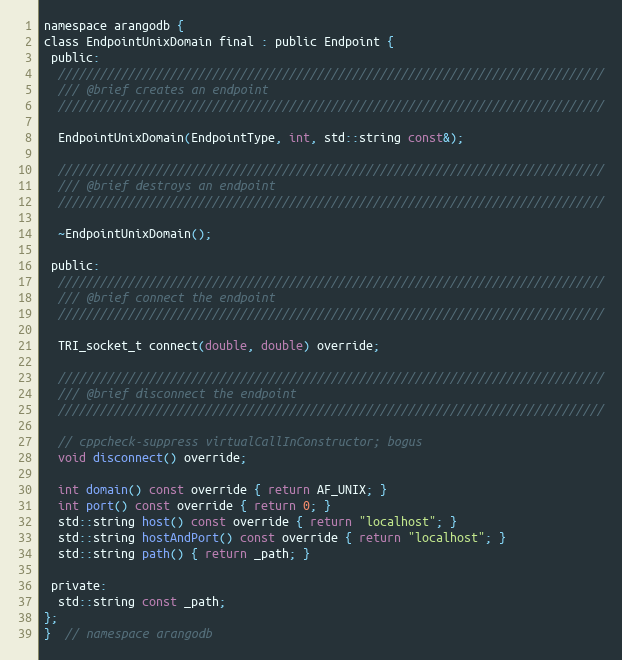
Language: C
namespace arangodb {
class EndpointUnixDomain final : public Endpoint {
 public:
  //////////////////////////////////////////////////////////////////////////////
  /// @brief creates an endpoint
  //////////////////////////////////////////////////////////////////////////////

  EndpointUnixDomain(EndpointType, int, std::string const&);

  //////////////////////////////////////////////////////////////////////////////
  /// @brief destroys an endpoint
  //////////////////////////////////////////////////////////////////////////////

  ~EndpointUnixDomain();

 public:
  //////////////////////////////////////////////////////////////////////////////
  /// @brief connect the endpoint
  //////////////////////////////////////////////////////////////////////////////

  TRI_socket_t connect(double, double) override;

  //////////////////////////////////////////////////////////////////////////////
  /// @brief disconnect the endpoint
  //////////////////////////////////////////////////////////////////////////////

  // cppcheck-suppress virtualCallInConstructor; bogus
  void disconnect() override;

  int domain() const override { return AF_UNIX; }
  int port() const override { return 0; }
  std::string host() const override { return "localhost"; }
  std::string hostAndPort() const override { return "localhost"; }
  std::string path() { return _path; }

 private:
  std::string const _path;
};
}  // namespace arangodb